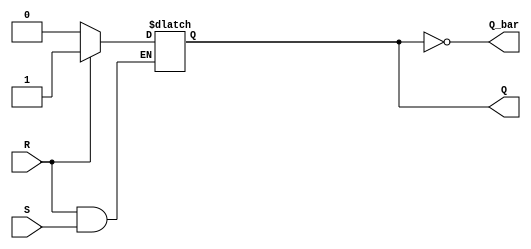
module SR_latch (
    input S,
    input R,
    output Q,
    output Q_bar
);

reg Q, Q_bar;

always @ (S, R)
begin
    if (R == 0) Q <= 0;
    else if (S == 0) Q <= 1;
end

assign Q_bar = ~Q;

endmodule